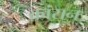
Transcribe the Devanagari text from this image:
कांरान